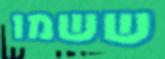
ששמו